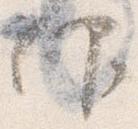
仰